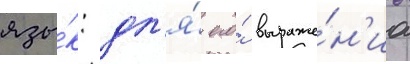
язы́к: дл'я́ его́ выраже́н'иа